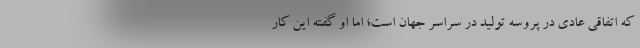
که اتفاقی عادی در پروسه تولید در سراسر جهان است؛ اما او گفته این کار